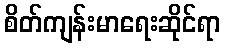
စိတ်ကျန်းမာရေးဆိုင်ရာ